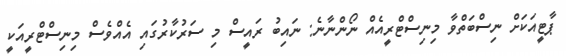
ޕާޓީއަކަށް ނިސްބަތްވާ މިނިސްޓްރީއެއް ނޯންނާނެ: ނައިބު ރައީސް މި ސަރުކާރުގައި އެއްވެސް މިނިސްޓްރީއަކީ